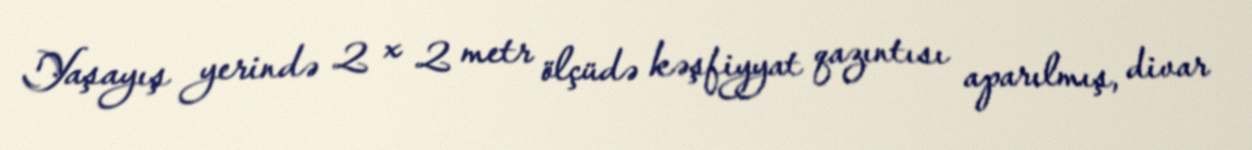
Yaşayış yerində 2 x 2 metr ölçüdə kəşfiyyat qazıntısı aparılmış, divar